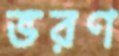
ভরণ